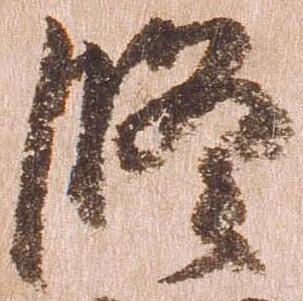
修